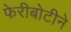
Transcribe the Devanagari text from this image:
फेरीबोटीने